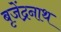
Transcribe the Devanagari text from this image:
बृजेंद्रनाथ